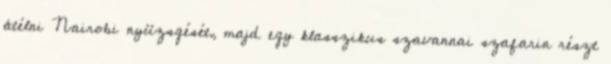
átélni Nairobi nyüzsgését, majd egy klasszikus szavannai szafarin részt